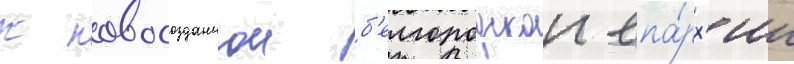
к новосозданнои б'елгородскои епа́рх'ии